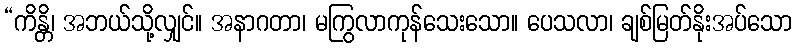
“ကိန္တိ၊ အဘယ်သို့လျှင်။ အနာဂတာ၊ မကြွလာကုန်သေးသော။ ပေသလာ၊ ချစ်မြတ်နိုးအပ်သော